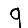
Digit: 9